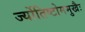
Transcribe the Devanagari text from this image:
र्ज्योतिष्टोममुखैः